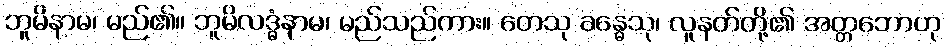
ဘူမိနာမ၊ မည်၏။ ဘူမိလဒ္ဓံနာမ၊ မည်သည်ကား။ တေသု ခန္ဓေသု၊ လူနတ်တို့၏ အတ္တဘောဟု